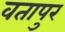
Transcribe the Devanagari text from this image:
वतापुर